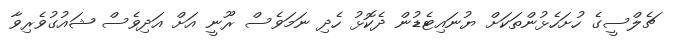
ޗެލްސީގެ ހުށަހެޅުންތަކަށް ޔުނައިޓެޑުން ދެކޮޅު ހެދި ނަމަވެސް ރޫނީ އަށް އަދިވެސް ޝައުގުވެރިވާ